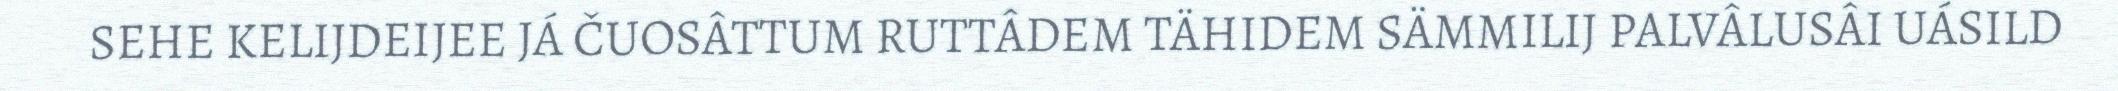
SEHE KELIJDEIJEE JÁ ČUOSÂTTUM RUTTÂDEM TÄHIDEM SÄMMILIJ PALVÂLUSÂI UÁSILD